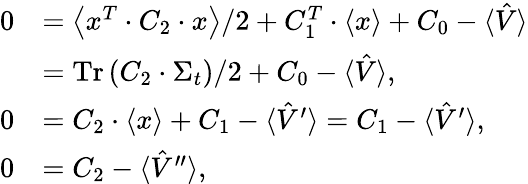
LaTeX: \begin{array}{rl}{0}&{=\left\langle x^{T}\cdot C_{2}\cdot x\right\rangle/2+C_{1}^{T}\cdot\left\langle x\right\rangle+C_{0}-\langle\hat{V}\rangle}\\ &{=\operatorname*{Tr}\left(C_{2}\cdot\Sigma_{t}\right)/2+C_{0}-\langle\hat{V}\rangle,}\\ {0}&{=C_{2}\cdot\left\langle x\right\rangle+C_{1}-\langle\hat{V}^{\prime}\rangle=C_{1}-\langle\hat{V}^{\prime}\rangle,}\\ {0}&{=C_{2}-\langle\hat{V}^{\prime\prime}\rangle,}\end{array}